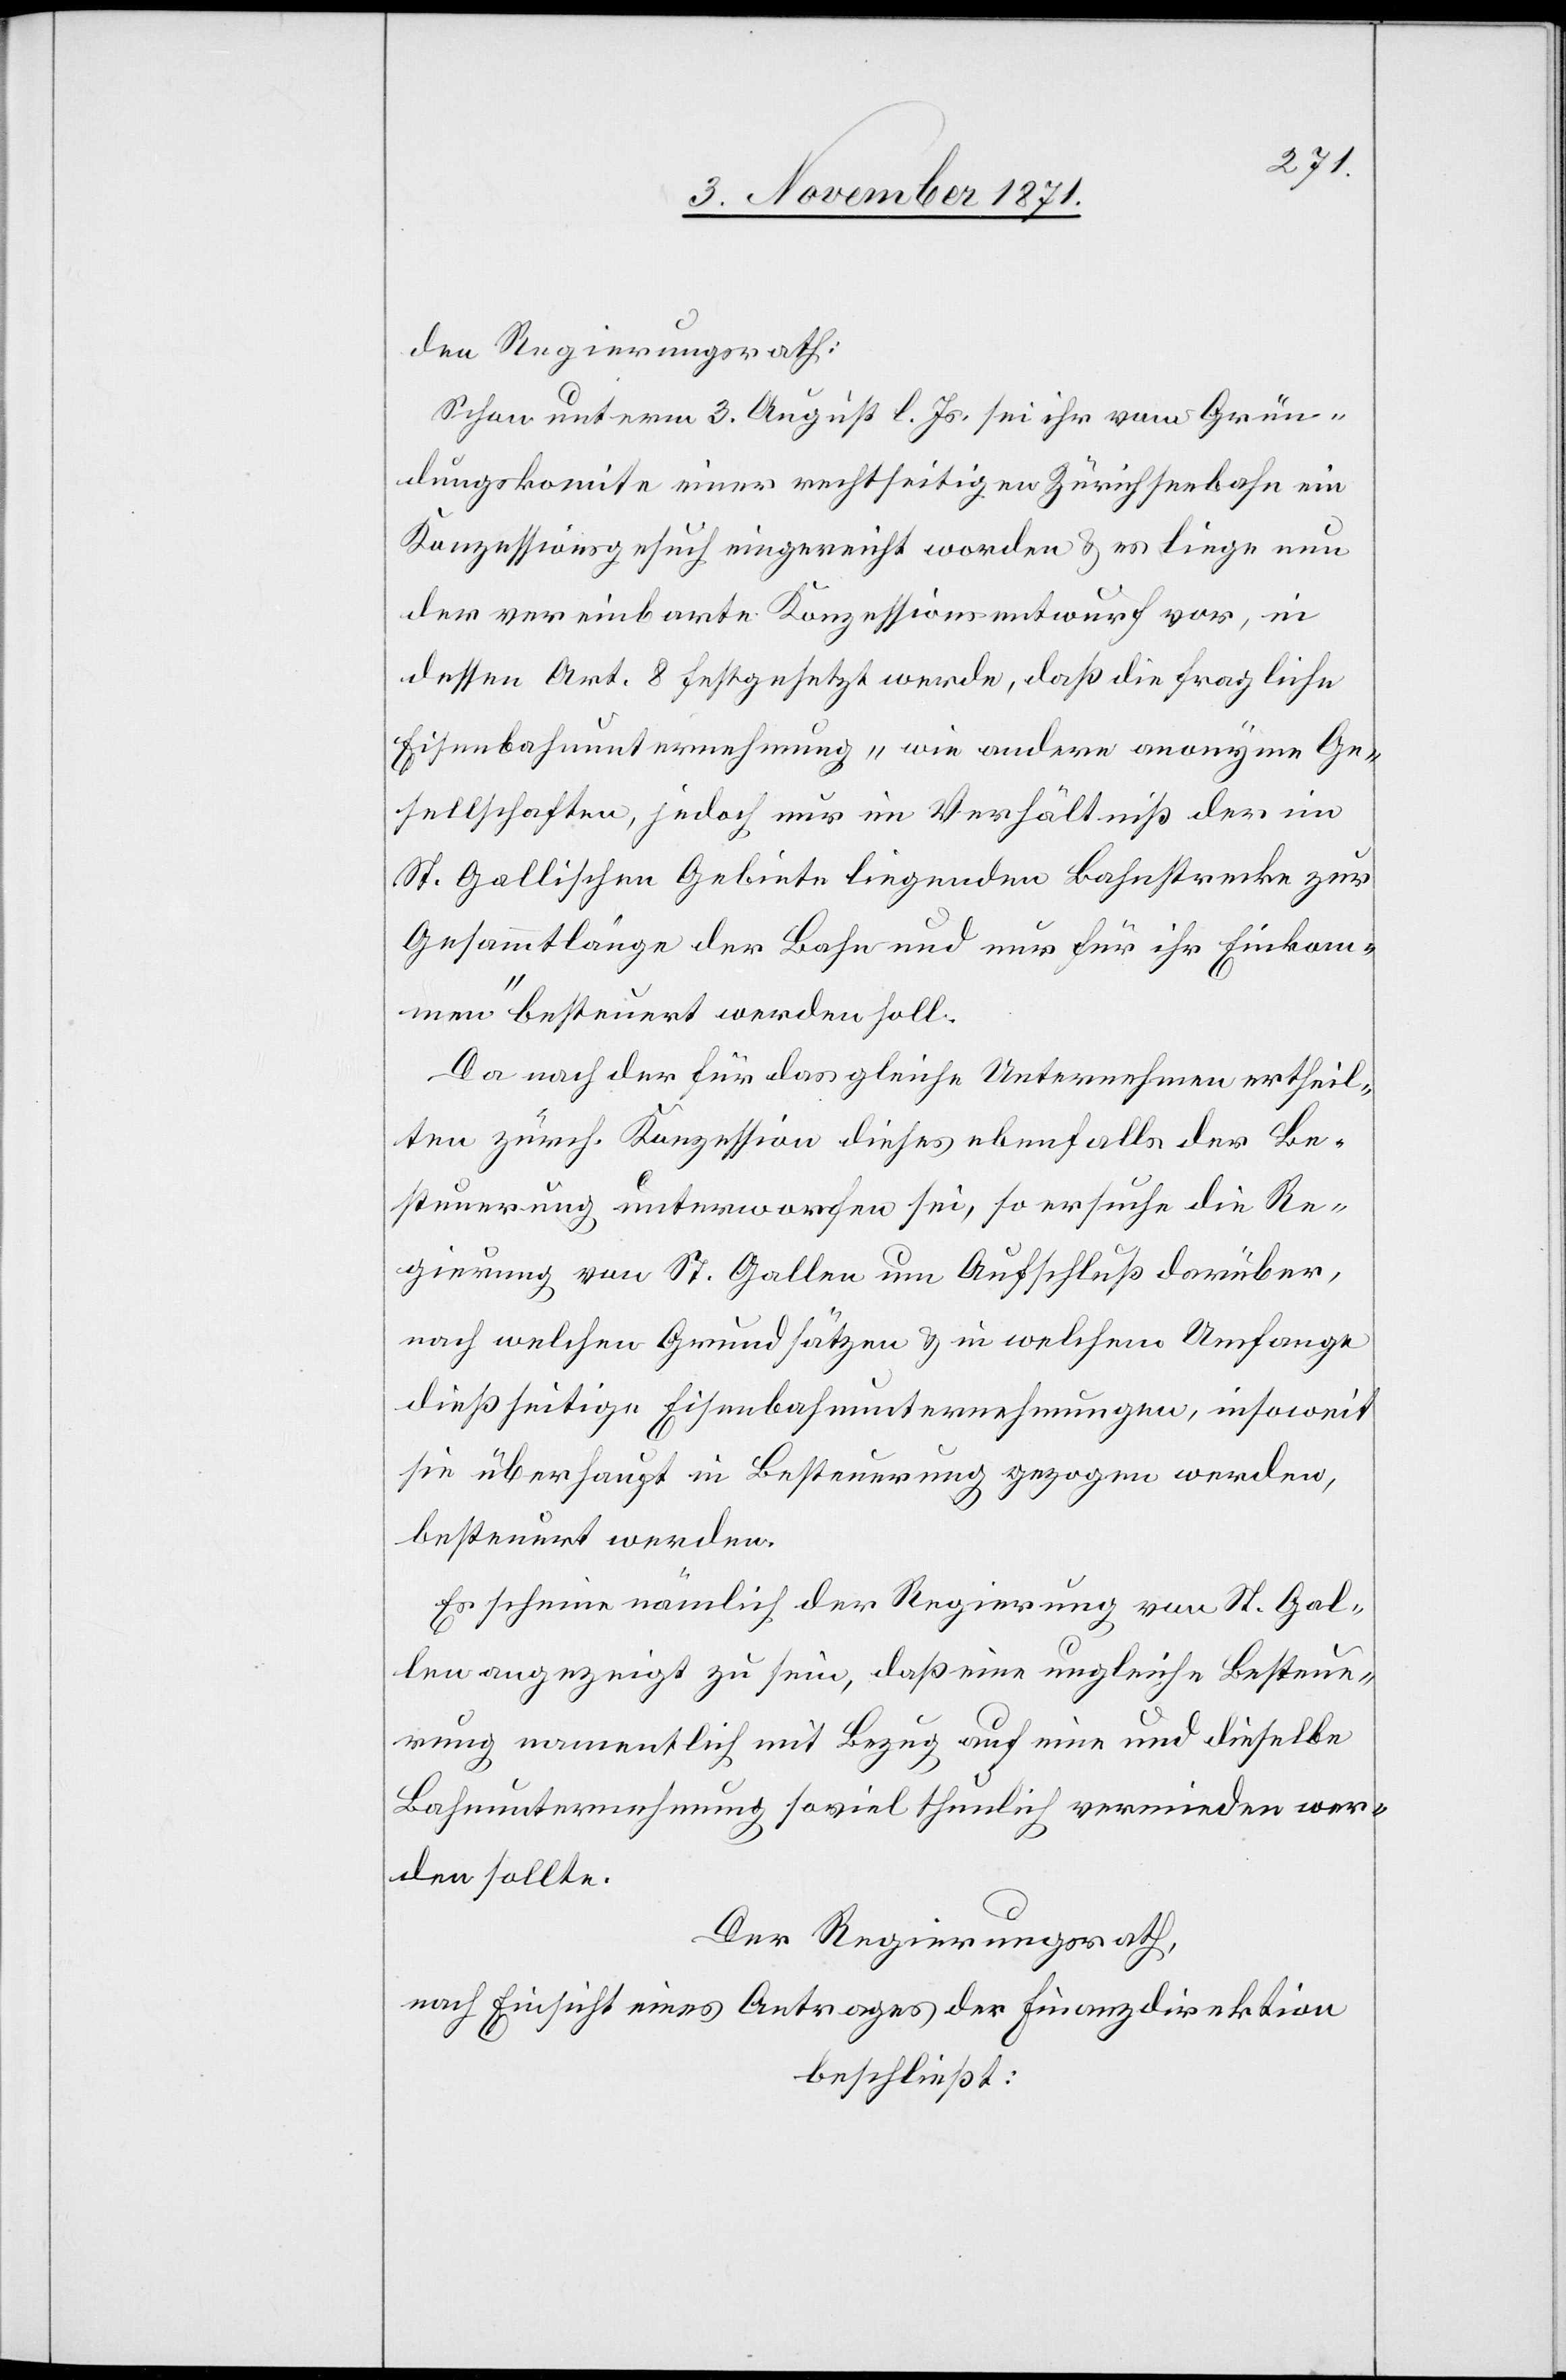
den Regierungsrath:
Schon unterm 3. August l. Js. sei ihr vom Grün¬
dungskomite einer rechtseitigen Zürichseebahn ein
Konzessionsgesuch eingereicht worden & es liege nun
der vereinbarte Konzessionsentwurf vor, in
dessen Art. 8 festgesetzt werde, daß die fragliche
Eisenbahnunternehmung „wie andere anonyme Ge¬
sellschaften, jedoch nur im Verhältniß der im
St. Gallischen Gebiete liegenden Bahnstrecke zur
Gesammtlänge der Bahn und nur für ihr Einkom¬
men“ besteuert werden soll.
Da nach der für das gleiche Unternehmen ertheil¬
ten zürch. Konzession dieses ebenfalls der Be¬
steuerung unterworfen sei, so ersuche die Re¬
gierung von St. Gallen um Aufschluß darüber,
nach welchen Grundsätzen & in welchem Umfange
dießseitige Eisenbahnunternehmungen, insoweit
sie überhaupt in Besteuerung gezogen werden,
besteuert werden.
Es scheine nämlich der Regierung von St. Gal¬
len angezeigt zu sein, daß eine ungleiche Besteue¬
rung namentlich mit Bezug auf eine und dieselbe
Bahnunternehmung soviel thunlich vermieden wer¬
den sollte.
Der Regierungsrath,
nach Einsicht eines Antrages der Finanzdirektion
beschließt: